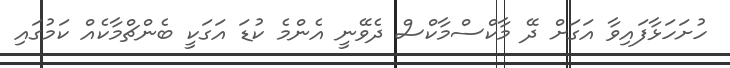
ހުށަހަޅާފައިވާ އަގަށް ދޭ މާކްސްމާކްސް ދެވޭނީ އެންމެ ކުޑަ އަގަކީ ބެންޗްމާކެއް ކަމުގައި